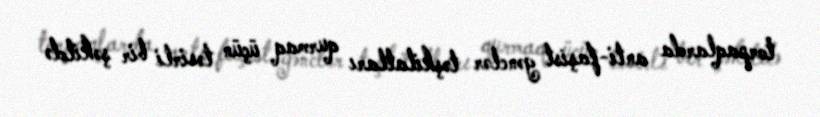
torpaqlarda anti-faşist gənclər təşkilatları qurmaq üçün təsirli bir şəkildə